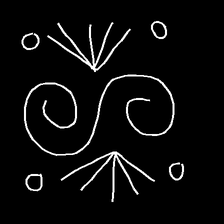
Glyph: aeroform